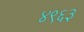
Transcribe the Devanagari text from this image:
४९६३